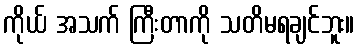
ကိုယ် အသက် ကြီးတာကို သတိမရချင်ဘူး။